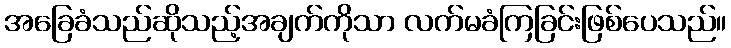
အခြေခံသည်ဆိုသည့်အချက်ကိုသာ လက်မခံကြခြင်းဖြစ်ပေသည်။